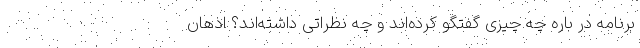
برنامه در باره چه چیزی گفتگو کرده‌اند و چه نظراتی داشته‌اند؟ اذهان